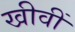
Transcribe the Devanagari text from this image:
खीवीं